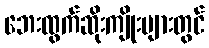
ဘေးထွက်ဆိုးကျိုးများတွင်